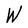
Character: W